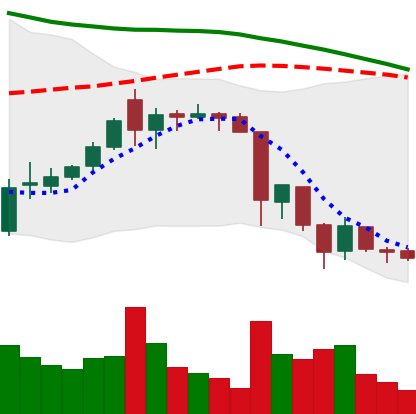
Ticker: XRP-USD
Chart end date: 2018-06-17
Forward return: -7.813%
Label: down_7plus